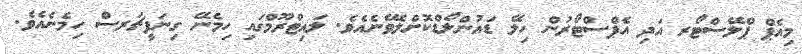
މިއެޕް ޕްލޭސްޓޯރ އަދި އެޕްސްޓޯރުން ހިލޭ ޑައުންލޯޑްކޮށްލެވޭނެއެވެ. ލައިޓްރޫމްގައި ހިމެނޭ ގިނަފީޗަރސް ހިމެނެއެވެ.